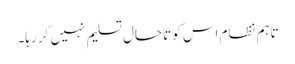
تاہم نظام اس کو تاحال تسلیم نہیں کر رہا۔